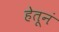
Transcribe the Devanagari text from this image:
हेतूनं